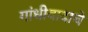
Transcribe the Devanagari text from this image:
गांधीवादाचे